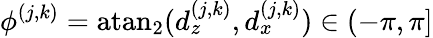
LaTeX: \phi^{(j,k)}=\mathrm{atan_{2}}(d_{z}^{(j,k)},d_{x}^{(j,k)})\in(-\pi,\pi]